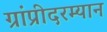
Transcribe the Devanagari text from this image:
ग्रांप्रीदरम्यान